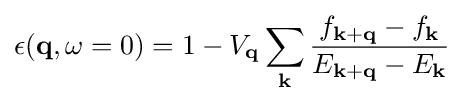
\epsilon (\mathbf {q} ,\omega =0)=1-V_{\mathbf {q} }\sum _{\mathbf {k} }{\frac {f_{\mathbf {k} +\mathbf {q} }-f_{\mathbf {k} }}{E_{\mathbf {k} +\mathbf {q} }-E_{\mathbf {k} }}}